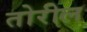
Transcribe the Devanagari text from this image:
तोरील